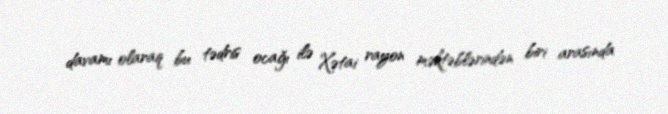
davamı olaraq bu tədris ocağı ilə Xətai rayon məktəblərindən biri arasında